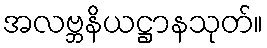
အလဗ္ဘနိယဋ္ဌာနသုတ်။